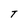
Character: T